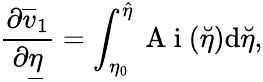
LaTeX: \frac{\partial\overline{{v}}_{1}}{\partial\underline{{\eta}}}=\int_{\eta_{0}}^{\hat{\eta}}\mathrm{~A~i~}(\breve{\eta})\mathrm{d}\breve{\eta},